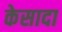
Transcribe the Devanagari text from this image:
केसादा